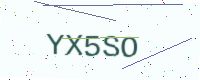
Text: YX5SO